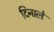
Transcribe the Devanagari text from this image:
दिनाले